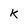
Character: K